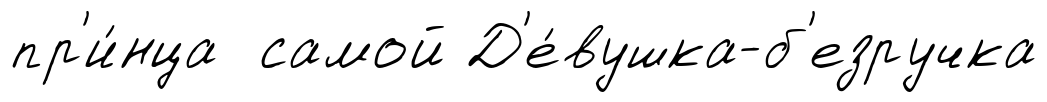
пр'и́нца самой Д'е́вушка-б'езручка